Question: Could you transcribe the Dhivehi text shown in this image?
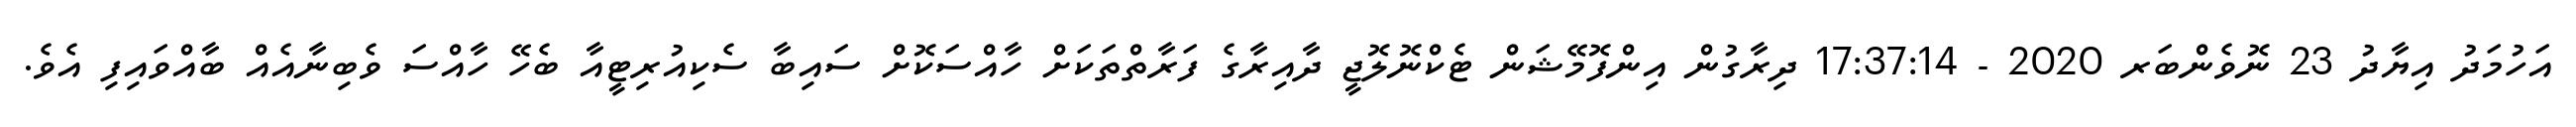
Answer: އަހުމަދު އިޔާދު 23 ނޮވެންބަރ 2020 - 17:37:14 ދިރާގުން އިންފޮމޭޝަން ޓެކްނޮލޮޖީ ދާއިރާގެ ފަރާތްތަކަށް ހާއްސަކޮށް ސައިބާ ސެކިއުރިޓީއާ ބެހޭ ހާއްސަ ވެބިނާއެއް ބާއްވައިފި އެވެ.